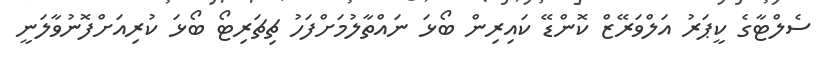
ސެލްޓާގެ ކީޕަރު އަލްވަރޭޒް ކޮންޑޭ ކައިރިން ބޯޅަ ނައްތާލުމަށްފަހު ޗިޗަރިޓޯ ބޯޅަ ކުރިއަށްފޮނުވާލަނީ